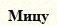
Мицу